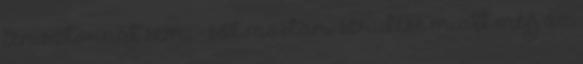
tenisztornát sem, - sőt mostani sérülése miatt még az